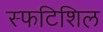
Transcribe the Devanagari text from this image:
स्फटिशिल